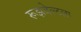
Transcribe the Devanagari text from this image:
रूझवेल्टला